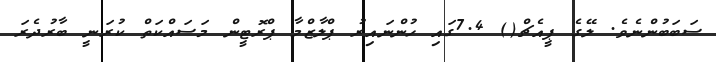
ސަބަބުންނެވެ. ލޭގެ ޕީއެޗް() 7.4ގައި ހުންނައިރު ޕްލާޒްމާ ޕްރޮޓީން މަސައްކަތް ކުރަނީ ބާރުދެރަ